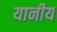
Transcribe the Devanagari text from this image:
यानीय